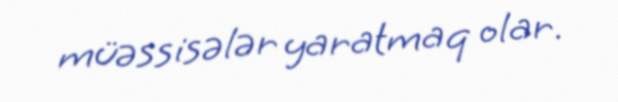
müəssisələr yaratmaq olar.